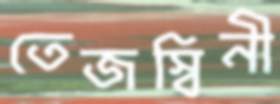
তেজস্বিনী